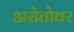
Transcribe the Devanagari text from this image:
असेतोवर